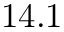
1 4 . 1